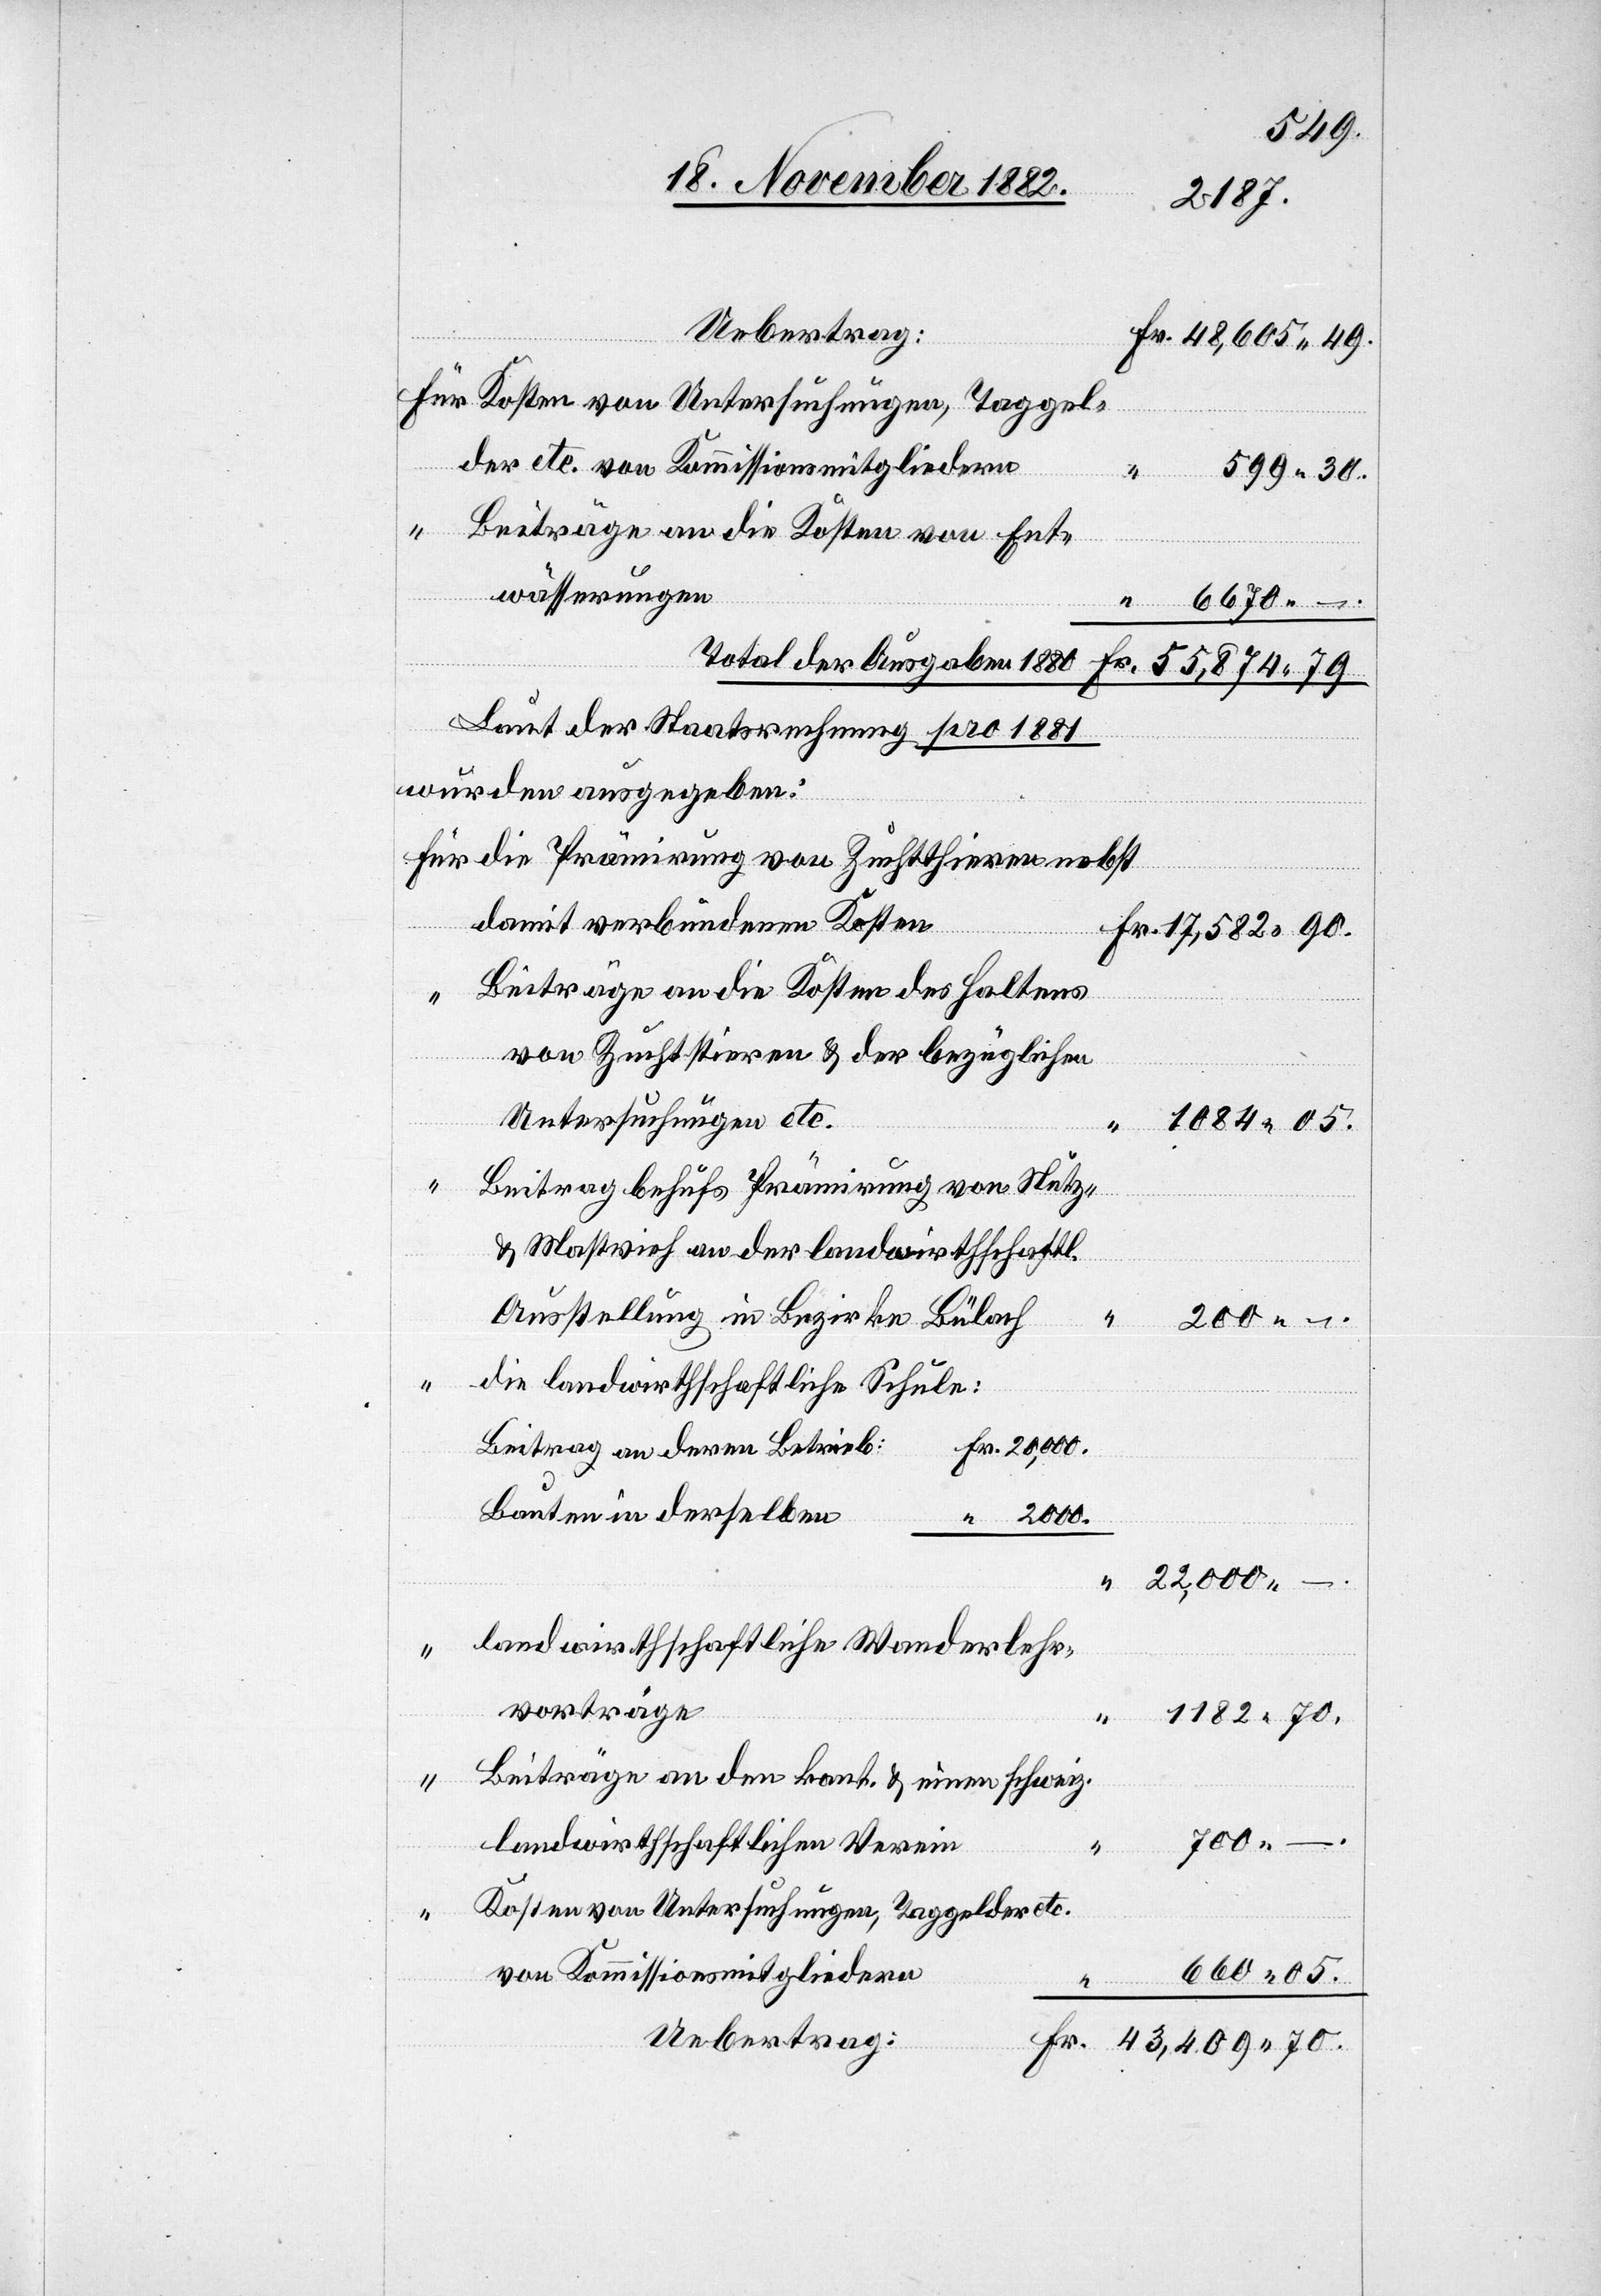
599
Uebertrag:
Für Kosten von Untersuchungen, Taggel¬
der etc. von Kommissionmitgliedern
Beiträge an die Kosten von Ent¬
“
wässerungen
“
6670
Total der Ausgaben 1880
70.
55,874
Laut der Staatsrechnung pro 1881
wurden ausgegeben:
die Prämirung von Zuchtthieren bebst
damit verbundenen Kosten
Beiträge an die Kosten des Haltens
von Zuchtstieren & der bezüglichen
Untersuchungen etc.
“
–.
Beitrag behufs Prämirung von Nutz-
& Mastvieh an der landwirthschaftl.
–.
die landwirthschaftliche Schule:
Beitrag an deren Betrieb:
2000.
Bauten in derselben
landwirtschaftliche Wanderlehr¬
vorträge
05.
Beiträge an den kant. & einen schweiz.
700
landwirthschaftlichen Verein
Kosten von Untersuchungen, Taggelder etc.
von Kommissionsmitgliedern